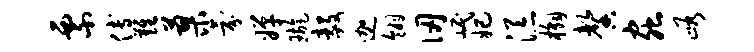
票傅难蓼氛婵璇毅迦翎仞岷妃添槲馨虫峪